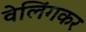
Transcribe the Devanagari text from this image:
वेलिंगकर